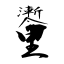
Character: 壍